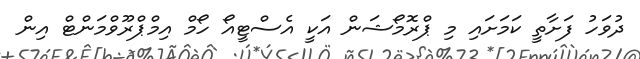
ދުވަހު ފަށާތީ ކަމަށައި މި ޕްރޮމޯޝަން އަކީ އެސްޓީއޯ ހޯމް އިމްޕްރޫވްމަންޓް އިން